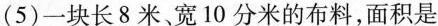
(5)一块长8米、宽10分米的布料，面积是